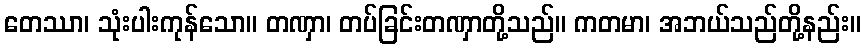
တေဿာ၊ သုံးပါးကုန်သော။ တဏှာ၊ တပ်ခြင်းတဏှာတို့သည်။ ကတမာ၊ အဘယ်သည်တို့နည်း။